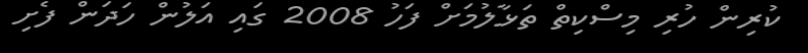
ކުރިން ހުރި މިސްކިތް ތަޅާލުމަށް ފަހު 2008 ގައި އަލުން ހަދަން ފެށި